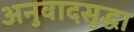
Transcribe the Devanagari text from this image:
अनुवादसुद्धा